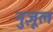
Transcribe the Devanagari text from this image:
नुज़ूल